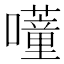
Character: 𭌕